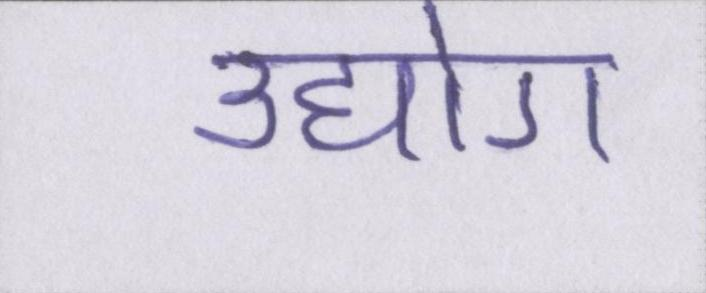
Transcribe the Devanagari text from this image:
उद्योग